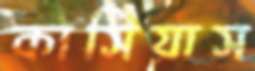
কাসিয়াস